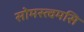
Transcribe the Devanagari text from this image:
सोमस्त्वमसि